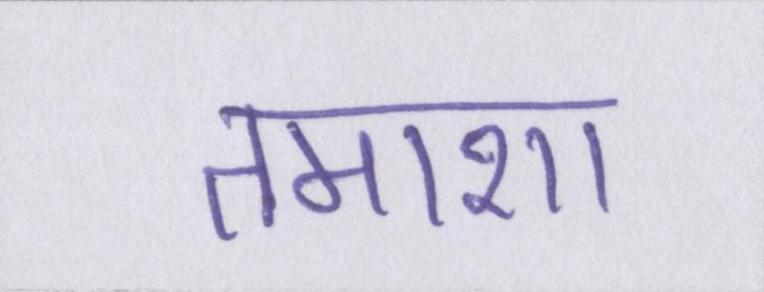
तमाशा